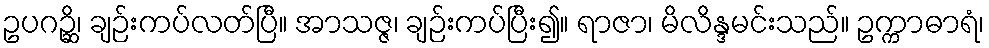
ဥပဂဉ္ဆိ၊ ချဉ်းကပ်လတ်ပြီ။ အာသဇ္ဇ၊ ချဉ်းကပ်ပြီး၍။ ရာဇာ၊ မိလိန္ဒမင်းသည်။ ဥက္ကာဓာရံ၊